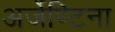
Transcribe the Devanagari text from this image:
अर्जेण्टिना